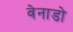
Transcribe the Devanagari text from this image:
वेनाडो